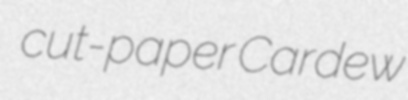
cut-paper Cardew